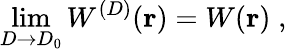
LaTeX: \operatorname*{lim}_{{D}\rightarrow{D_{0}}}W^{({D})}({\mathbf r})=W({\mathbf r})\; ,